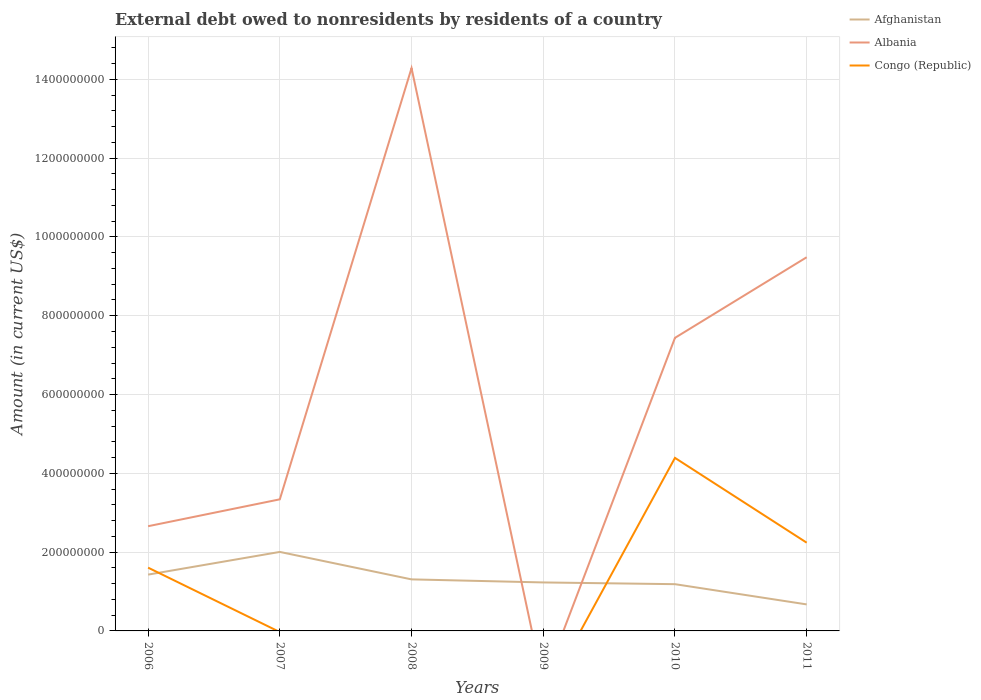
| Years | Afghanistan | Albania | Congo (Republic) |
 | --- | --- | --- | --- |
 | 2006 | 1.43e+08 | 2.66e+08 | 1.61e+08 |
 | 2007 | 2.01e+08 | 3.34e+08 | -2.93e+06 |
 | 2008 | 1.31e+08 | 1.43e+09 | -5.43e+07 |
 | 2009 | 1.23e+08 | -1.34e+08 | -1.74e+08 |
 | 2010 | 1.19e+08 | 7.44e+08 | 4.39e+08 |
 | 2011 | 6.73e+07 | 9.48e+08 | 2.24e+08 |